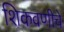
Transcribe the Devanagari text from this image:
शिकवणीचे